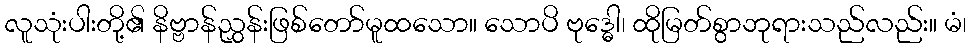
လူသုံးပါးတို့၏ နိဗ္ဗာန်ညွှန်းဖြစ်တော်မူထသော။ သောပိ ဗုဒ္ဓေါ၊ ထိုမြတ်စွာဘုရားသည်လည်း။ မံ၊